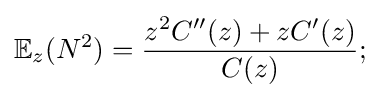
\mathbb {E} _{z}(N^{2})={\dfrac {z^{2}C''(z)+zC'(z)}{C(z)}};